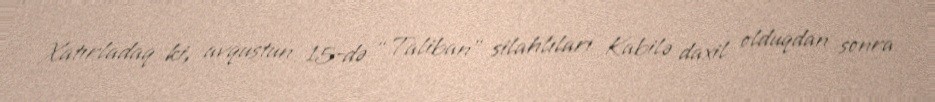
Xatırladaq ki, avqustun 15-də “Taliban” silahlıları Kabilə daxil olduqdan sonra